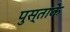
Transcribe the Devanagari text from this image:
पुस्ताके